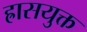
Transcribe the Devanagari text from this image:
ह्रासयुक्त